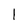
Character: 1